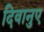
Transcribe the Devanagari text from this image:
दिवानुए